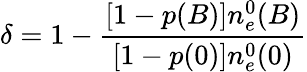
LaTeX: \delta=1-\frac{[1-p(B)]n_{e}^{0}(B)}{[1-p(0)]n_{e}^{0}(0)}